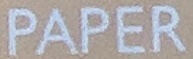
PAPER